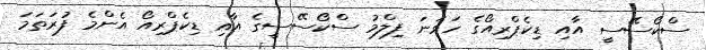
ސްކޯސޭސީ އާއި ޑިކެޕްރިއޯގެ ހަވަނަ ފިލްމު ސްކޯސޭސީގެ އާއި ޑިކެޕްރިއޯ އެންމެ ފުރަތަމަ